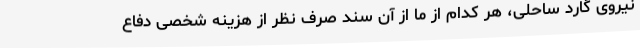
نیروی گارد ساحلی، هر کدام از ما از آن سند صرف نظر از هزینه شخصی دفاع